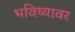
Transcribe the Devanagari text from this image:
भविष्यावर